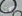
أكثر